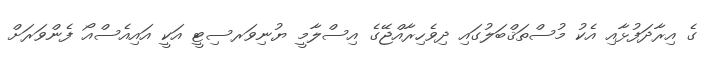
ގެ އިރާދަފުޅާއި އެކު މުސްތަޤްބަލުގައި ދިވެހިރާއްޖޭގެ އިސްލާމީ ޔުނިވަރސިޓީ އަކީ އައިއެސްއޯ ފެންވަރަށް